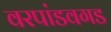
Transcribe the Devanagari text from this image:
वरपांडवगड